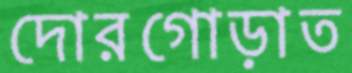
দোরগোড়াত